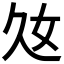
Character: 𡚰